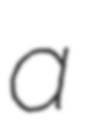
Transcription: a